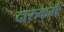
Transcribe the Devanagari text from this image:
दारुकर्म